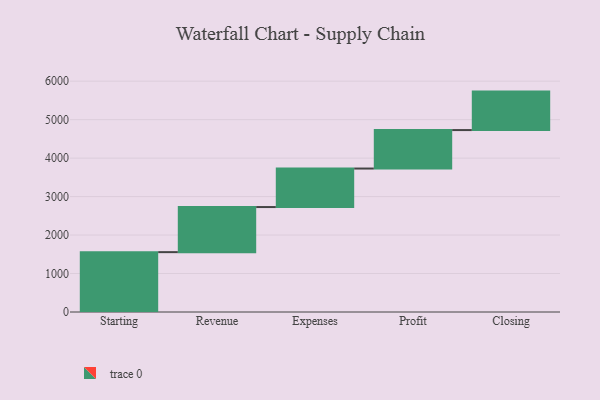
{"axis": {"x": "Step", "y": "Value"}, "legend": [""], "data": [{"x": "Starting", "y": 1556.0, "type": ""}, {"x": "Revenue", "y": 1172.0, "type": ""}, {"x": "Expenses", "y": 1001.0, "type": ""}, {"x": "Profit", "y": 1000, "type": ""}, {"x": "Closing", "y": 1000, "type": ""}]}